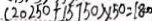
( 2 0 2 5 0 + 1 5 7 5 0 ) \times 5 0 = 1 8 0 0